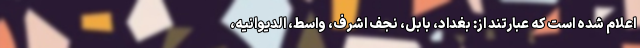
اعلام شده است که عبارتند از: بغداد، بابل، نجف اشرف، واسط، الدیوانیه،